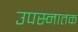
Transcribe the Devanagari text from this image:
उपस्नातक